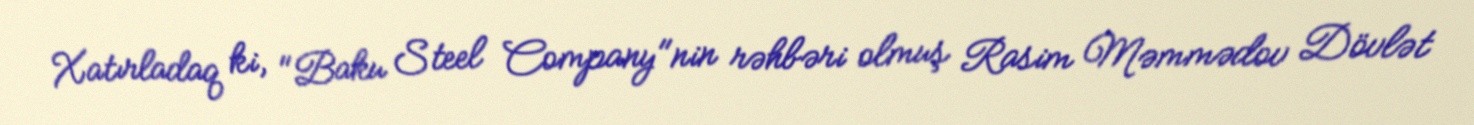
Xatırladaq ki, "Baku Steel Company"nin rəhbəri olmuş Rasim Məmmədov Dövlət